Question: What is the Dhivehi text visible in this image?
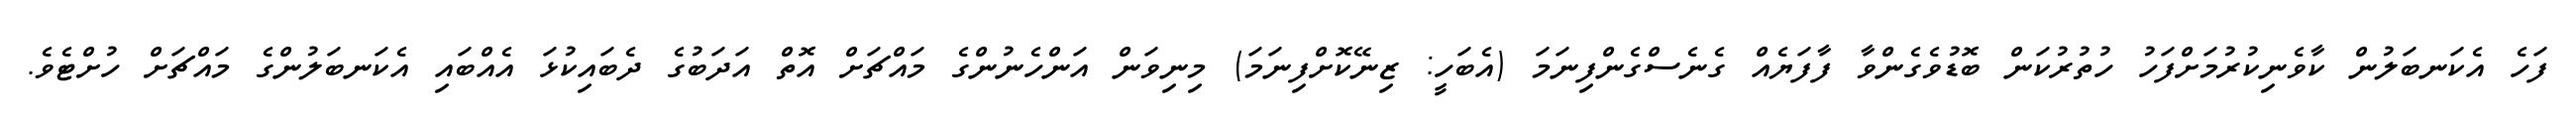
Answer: ފަހެ އެކަނބަލުން ކާވެނިކުރުމަށްފަހު ހުތުރުކަން ބޮޑުވެގެންވާ ފާފަޔެއް ގެނެސްގެންފިނަމަ (އެބަހީ: ޒިނޭކޮށްފިނަމަ) މިނިވަން އަންހެނުންގެ މައްޗަށް އޮތް އަދަބުގެ ދެބައިކުޅަ އެއްބައި އެކަނބަލުންގެ މައްޗަށް ހުށްޓެވެ.